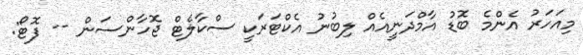
މިއަހަރު އެންމެ ބޮޑު އާމްދަނީއެއް ލިބުނު އެކްޓަރަކީ ސްކާލެޓް ޖޮހާންސަން -- ފޮޓޯ: